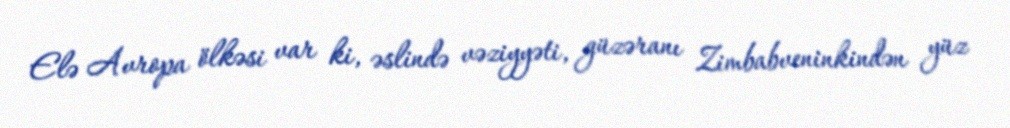
Elə Avropa ölkəsi var ki, əslində vəziyyəti, güzəranı Zimbabveninkindən yüz